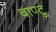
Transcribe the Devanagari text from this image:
बाण्टू